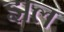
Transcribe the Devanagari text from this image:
झल